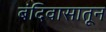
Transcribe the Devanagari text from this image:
बंदिवासातून